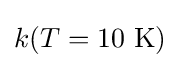
k(T=10\ {\text{K}})